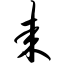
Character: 耒